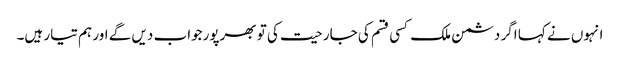
انہوں نے کہا اگر دشمن ملک کسی قسم کی جارحیت کی تو بھرپورجواب دیں گے اور ہم تیار ہیں۔